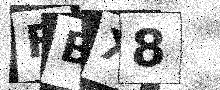
Text: FBX8